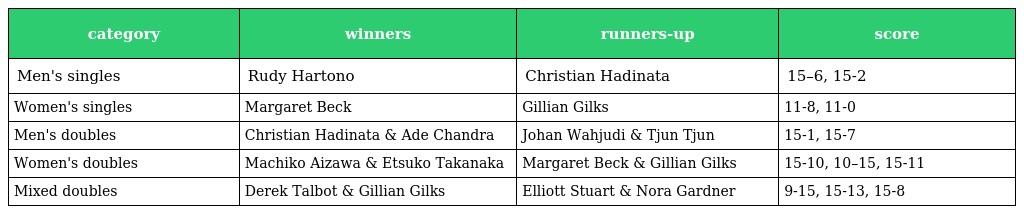
| category | winners | runners-up | score |
 | --- | --- | --- | --- |
 | Men's singles | Rudy Hartono | Christian Hadinata | 15–6, 15-2 |
 | Women's singles | Margaret Beck | Gillian Gilks | 11-8, 11-0 |
 | Men's doubles | Christian Hadinata & Ade Chandra | Johan Wahjudi & Tjun Tjun | 15-1, 15-7 |
 | Women's doubles | Machiko Aizawa & Etsuko Takanaka | Margaret Beck & Gillian Gilks | 15-10, 10–15, 15-11 |
 | Mixed doubles | Derek Talbot & Gillian Gilks | Elliott Stuart & Nora Gardner | 9-15, 15-13, 15-8 |